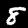
Digit: 8